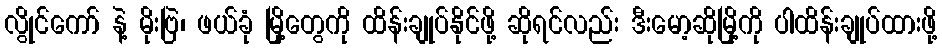
လွိုင်ကော် နဲ့ မိုးဗြဲ၊ ဖယ်ခုံ မြို့တွေကို ထိန်းချုပ်နိုင်ဖို့ ဆိုရင်လည်း ဒီးမော့ဆိုမြို့ကို ပါထိန်းချုပ်ထားဖို့